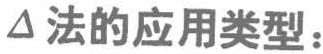
$\Delta$法的应用类型：